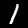
Label: 1